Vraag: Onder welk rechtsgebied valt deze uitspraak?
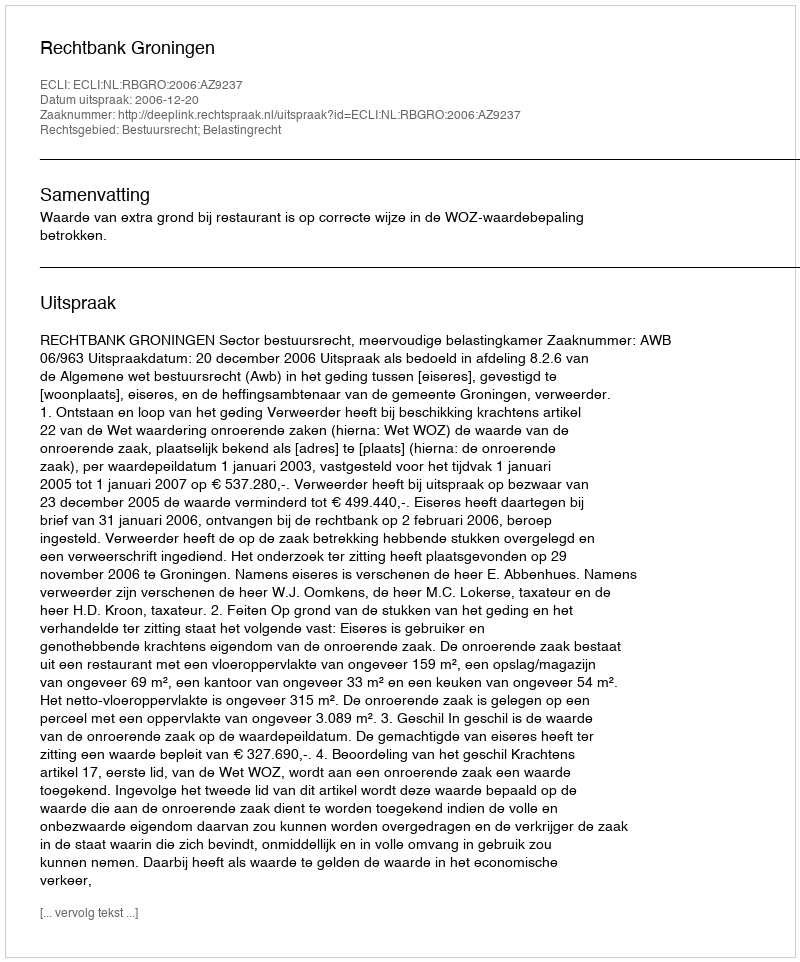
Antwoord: Bestuursrecht; Belastingrecht